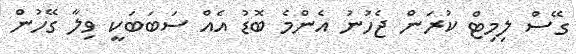
ގޭސް ލިމިޓް ކުރަން ޖެހުނު އެންމެ ބޮޑު އެއް ސަބަބަކީ ވިލާ ގޭހުން